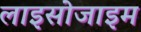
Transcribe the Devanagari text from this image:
लाइसोजाइम